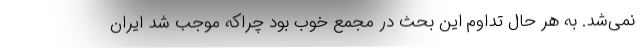
نمی‌شد. به هر حال تداوم این بحث در مجمع خوب بود چراکه موجب شد ایران